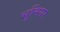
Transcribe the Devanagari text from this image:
भूमिपर